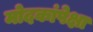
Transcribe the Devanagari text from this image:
मोदकांपेक्षा